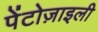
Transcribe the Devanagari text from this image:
पेंटोज़ाइली